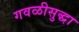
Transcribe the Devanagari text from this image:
गवळीसुद्धा